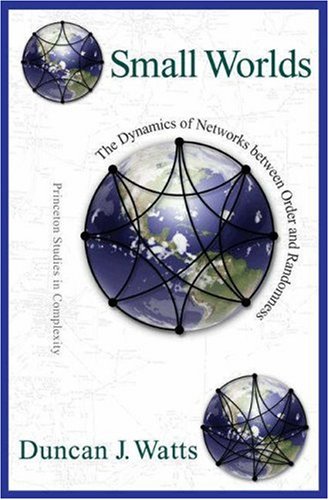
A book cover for Small Worlds; Duncan J. Watts; Science & Math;